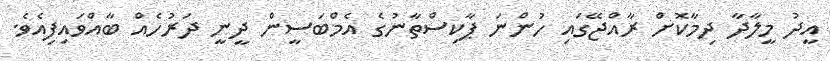
އީދު މީލާދާ ދިމާކޮށް ރާއްޖޭގައި ހުންނަ ޕާކިސްތާނުގެ އެމްބަސީން ދީނީ ދަރުހެއް ބާއްވައިފިއެވެ.